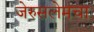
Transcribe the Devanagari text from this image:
जेरुसलेमचा